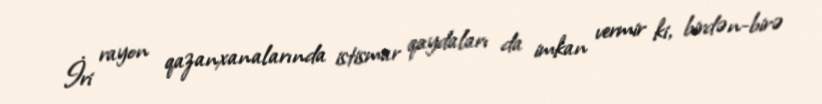
İri rayon qazanxanalarında istismar qaydaları da imkan vermir ki, birdən-birə